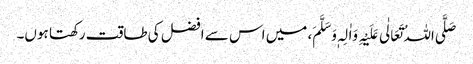
صَلَّی اللہُ تَعَالٰی عَلَیْہِ وَاٰلِہٖ وَسَلَّمَ، میں اس سے افضل کی طاقت رکھتا ہوں۔